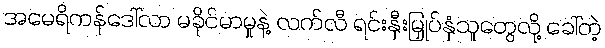
အမေရိကန်ဒေါ်လာ မခိုင်မာမှုနဲ့ လက်လီ ရင်းနှီးမြှုပ်နှံသူတွေလို့ ခေါ်တဲ့